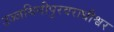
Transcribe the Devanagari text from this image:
उज्जयिनीपुरवराधीश्वर